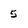
Character: 5